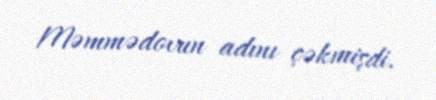
Məmmədovun adını çəkmişdi.